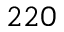
2 2 0